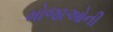
મોજાઓની